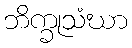
ဘိက္ခုသံဃာ